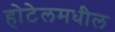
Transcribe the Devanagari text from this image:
होटेलमधील